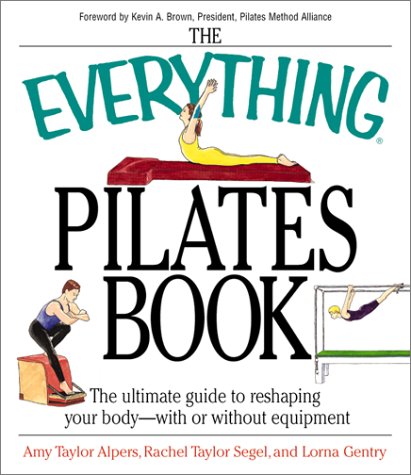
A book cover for The Everything Pilates Book: The Ultimate Guide to Making Your Body Stronger, Leaner, and Healthier; Amy Taylor Alpers; Health, Fitness & Dieting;